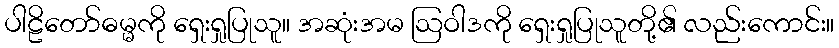
ပါဠိတော်ဓမ္မကို ရှေးရှုပြုသူ။ အဆုံးအမ ဩဝါဒကို ရှေးရှုပြုသူတို့၏ လည်းကောင်း။